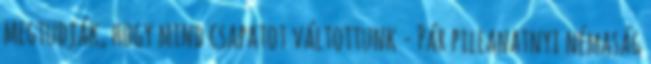
megtudják, hogy mind csapatot váltottunk - Pár pillanatnyi némaság